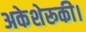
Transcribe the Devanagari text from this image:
अकेशेरूकी।